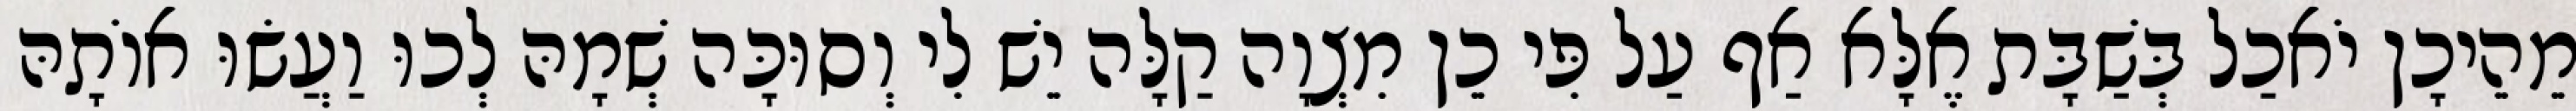
מֵהֵיכָן יֹאכַל בְּשַׁבָּת אֶלָּא אַף עַל פִּי כֵן מִצְוָה קַלָּה יֵשׁ לִי וְסוּכָּה שְׁמָהּ לְכוּ וַעֲשׂוּ אוֹתָהּ